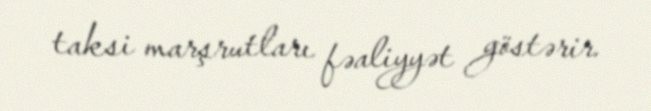
taksi marşrutları fəaliyyət göstərir.